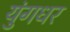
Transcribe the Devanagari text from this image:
युंगधर